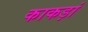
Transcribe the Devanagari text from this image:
काकड़ां